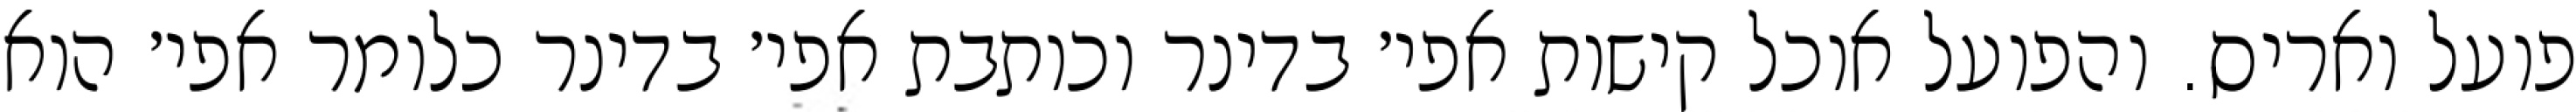
פועל ואריס. והפועל אוכל קישות אפי׳ בדינר וכותבת אפי׳ בדינר כלומר אפי׳ הוא